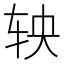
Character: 𬨄